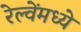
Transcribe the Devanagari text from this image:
रेल्वेंमध्ये